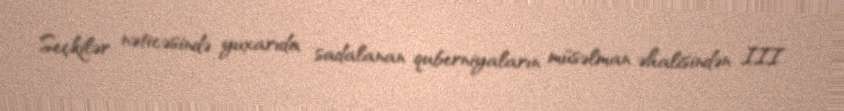
Seçkilər nəticəsində yuxarıda sadalanan quberniyaların müsəlman əhalisindən III